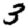
Digit: 3